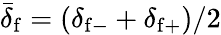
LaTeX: \bar{\delta}_{\mathrm{f}}=(\delta_{\mathrm{f}-}+\delta_{\mathrm{f}+})/2